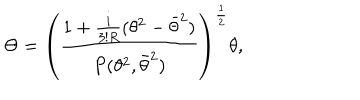
LaTeX: \Theta = \left( { \frac { 1 + { \frac { i } { 3 ! R } } ( \theta ^ { 2 } - \bar { \theta } ^ { 2 } ) } { P ( \theta ^ { 2 } , \bar { \theta } ^ { 2 } ) } } \right) ^ { \frac { 1 } { 2 } } \theta ,